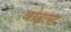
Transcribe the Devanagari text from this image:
बोइल्ड